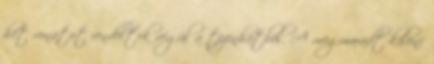
hét vonatot rendeltek végül a tizenhatból. A megmaradt kilenc